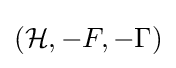
({\mathcal {H}},-F,-\Gamma )